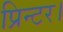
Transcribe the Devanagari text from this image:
प्रिन्टर।